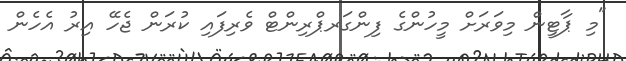
"މި ޕާޓީން މިވަރަށް މީހުންގެ ފިންގަރޕްރިންޓް ވެރިފައި ކުރަން ޖެހޭ އިރު އެހެން